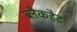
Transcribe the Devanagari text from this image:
ब्लैकहैट